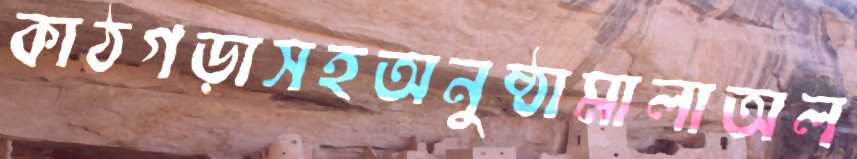
কাঠগড়াসহঅনুষ্ঠামালাঅল